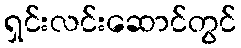
ရှင်းလင်းဆောင်တွင်